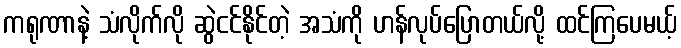
ကရုဏာနဲ့ သံလိုက်လို ဆွဲငင်နိုင်တဲ့ အသံကို ဟန်လုပ်ပြောတယ်လို့ ထင်ကြပေမယ့်